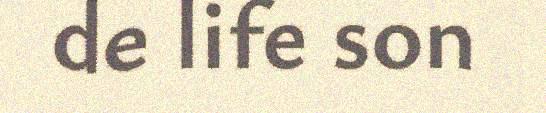
de life son